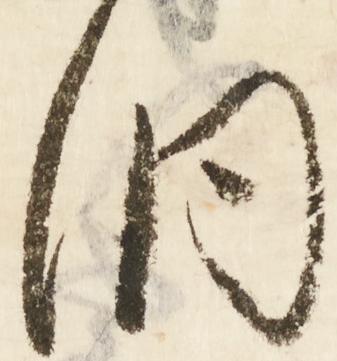
洞